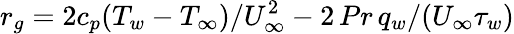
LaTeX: r_{g}=2c_{p}(T_{w}-T_{\infty})/U_{\infty}^{2}-2\, Pr\, q_{w}/(U_{\infty}\tau_{w})